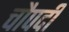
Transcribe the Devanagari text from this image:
चौपदी